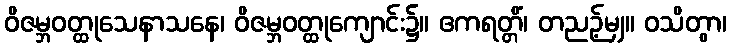
ဝိဇမ္ဘဝတ္ထုသေနာသနေ၊ ဝိဇမ္ဘဝတ္ထုကျောင်း၌။ ဧကရတ္တိံ၊ တညဉ့်မျှ။ ဝသိတွာ၊